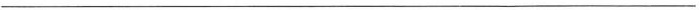
___